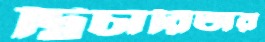
দ্বিচারিতার